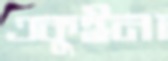
একুইনা